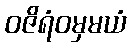
ဝဇိရံဝမှမယံ